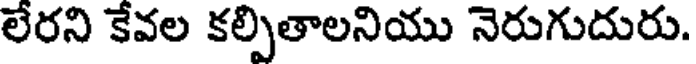
లేరని కేవల కల్పితాలనియు నెరుగుదురు.